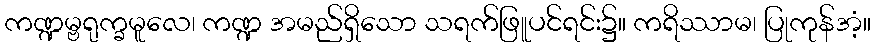
ကဏ္ဍမ္ဗရုက္ခမူလေ၊ ကဏ္ဍ အမည်ရှိသော သရက်ဖြူပင်ရင်း၌။ ကရိဿာမ၊ ပြုကုန်အံ့။